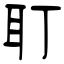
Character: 耵